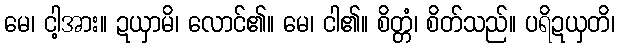
မေ၊ ငါ့အား။ ဍယှာမိ၊ လောင်၏။ မေ၊ ငါ၏။ စိတ္တံ၊ စိတ်သည်။ ပရိဍယှတိ၊